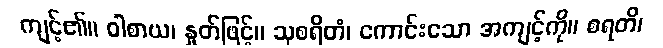
ကျင့်၏။ ဝါစာယ၊ နှုတ်ဖြင့်။ သုစရိတံ၊ ကောင်းသော အကျင့်ကို။ စရတိ၊